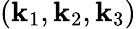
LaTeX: (\textbf{k}_{1},\textbf{k}_{2},\textbf{k}_{3})